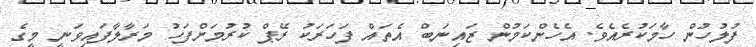
ފުލުހުން ހާމަކުރެއެވެ. އެހެންކަމުން ޒައިނަބް އެތައް ފަހަރަކު ރޭޕް ކުރުމަށްފަހު މަރާލާފައިވަނީ މީގެ